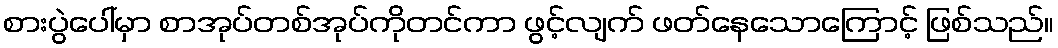
စားပွဲပေါ်မှာ စာအုပ်တစ်အုပ်ကိုတင်ကာ ဖွင့်လျက် ဖတ်နေသောကြောင့် ဖြစ်သည်။